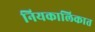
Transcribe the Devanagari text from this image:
नियकालिकात